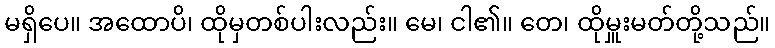
မရှိပေ။ အထောပိ၊ ထိုမှတစ်ပါးလည်း။ မေ၊ ငါ၏။ တေ၊ ထိုမှူးမတ်တို့သည်။